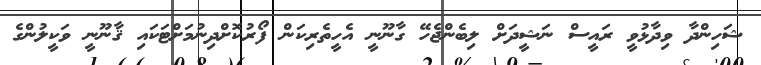
ޝަހިންދާ ވިދާޅުވީ ރައީސް ނަޝީދަށް ލިބެންޖެހޭ ގާނޫނީ އެހީތެރިކަން ފޯރުކޮށްދިނުމަށްޓަކައި ޤާނޫނީ ވަކީލުންގެ